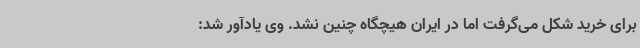
برای خرید شکل می‌گرفت اما در ایران هیچگاه چنین نشد. وی یادآور شد: